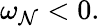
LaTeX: \omega_{\mathcal{N}}<0.